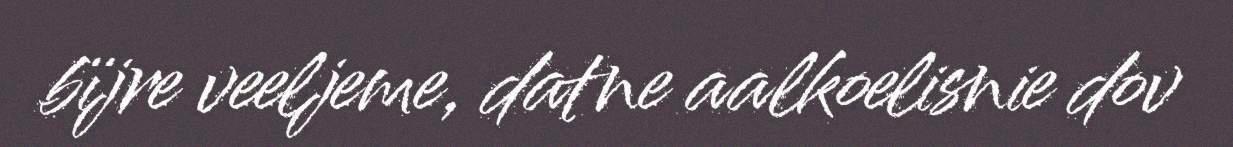
bïjre veeljeme, datne aalkoelisnie dov